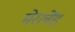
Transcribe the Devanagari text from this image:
मेरलेंड